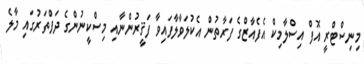
މިނިސްޓްރީ އޮފް އިސްލާމިކް އެފެއާޒްގެ ފަރާތުން އެކުލަވާލާފައިވާ ފަޤީރުންނާއި މިސްކީނުންގެ ދަފްތަރުގައި މާލެ